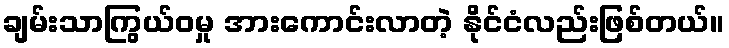
ချမ်းသာကြွယ်ဝမှု အားကောင်းလာတဲ့ နိုင်ငံလည်းဖြစ်တယ်။